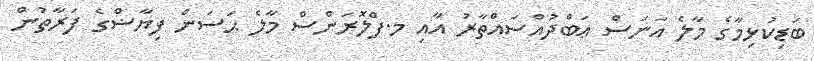
ބަޑިކުޅިމާގެ މާލެ އަނަސް ޢަބްދުއްސައްތާރު އާއި މ.ފްލޮރަންސް މާލެ ޙަސަން ފިޔާޟްގެ ފަރާތުން